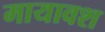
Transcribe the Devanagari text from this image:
मायावश